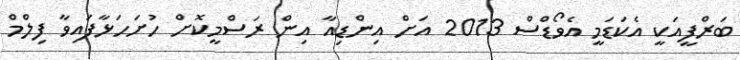
ބަރްފީއަކީ އެކަޑަމީ އެވޯޑްސް 2013 އަށް އިންޑިއާ އިން ރަސްމީކޮށް ހުށަހަޅާފައިވާ ފިލްމް